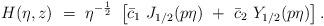
LaTeX: \begin{align*}H (\eta,z) ~=~ \eta^{- \frac 1 2}~\left[ \bar{c}_{1} ~ J_{1/2} (p \eta)~+~ \bar{c}_{2} ~Y_{1/2} (p \eta) \right].\end{align*}